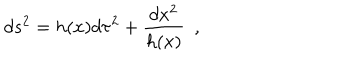
d s ^ { 2 } = h ( x ) d \tau ^ { 2 } + { \frac { d x ^ { 2 } } { h ( x ) } } ~ ~ ,